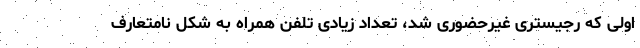
اولی که رجیستری غیرحضوری شد، تعداد زیادی تلفن همراه به شکل نامتعارف